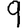
Digit: 9